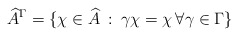
\begin{align*} \widehat{A}^\Gamma = \{\chi \in \widehat{A} \: : \: \gamma \chi = \chi \, \forall \gamma \in \Gamma\}\end{align*}